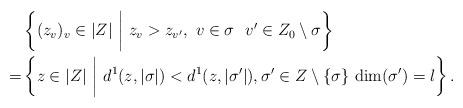
LaTeX: \begin{align*} & \left\{ (z_v)_v \in | Z | \ \bigg|\ z_v > z_{v'},\ v \in \sigma \ \ v' \in Z_0 \setminus \sigma \right\} \\ =& \left\{ z \in | Z | \ \bigg|\ d^1(z, |\sigma|) < d^1(z, |\sigma'|), \sigma' \in Z \setminus \{\sigma\} \ \mathrm{dim}(\sigma') = l \right\} .\end{align*}